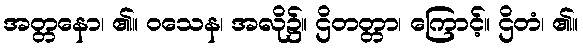
အတ္တနော၊ ၏။ ဝသေန၊ အလို၌။ ဌိတတ္တာ၊ ကြောင့်။ ဌိတံ၊ ၏။